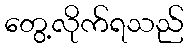
တွေ့လိုက်ရသည်